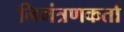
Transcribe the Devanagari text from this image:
निमंत्रणकर्ता